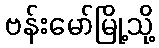
ဗန်းမော်မြို့သို့